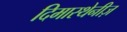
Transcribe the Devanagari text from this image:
दिमास्थेनीज़